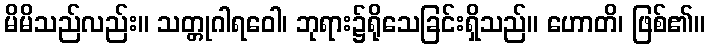
မိမိသည်လည်း။ သတ္တုဂါရဝေါ၊ ဘုရား၌ရိုသေခြင်းရှိသည်။ ဟောတိ၊ ဖြစ်၏။